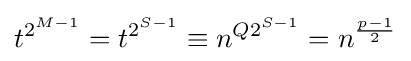
t^{2^{M-1}}=t^{2^{S-1}}\equiv n^{Q2^{S-1}}=n^{\frac {p-1}{2}}